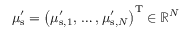
\mu _ { \mathrm { s } } ^ { \prime } = \left( \mu _ { \mathrm { s } , 1 } ^ { \prime } , \, \ldots , \mu _ { \mathrm { s } , N } ^ { \prime } \right) ^ { \mathrm { T } } \in \mathbb { R } ^ { N }